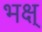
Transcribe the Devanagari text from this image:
भक्ष्